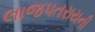
લાજપતરાયની